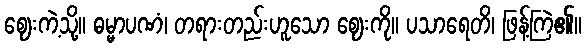
ဈေးကဲ့သို့။ ဓမ္မာပဏံ၊ တရားတည်းဟူသော ဈေးကို။ ပသာရေတိ၊ ဖြန့်ကြဲ၏။